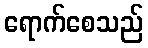
ရောက်စေသည်